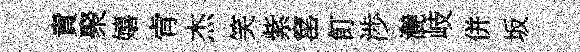
責聚嬉肻杰笑紫窰飣渉灔岐併坂